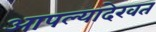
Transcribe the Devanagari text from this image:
आपल्यादेखत